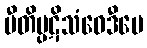
ပီတိပ္ပဋိသံဝေဒီပေ